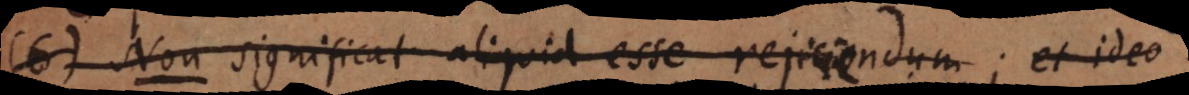
Non significat aliquid esse rejiciendum; et ideo